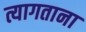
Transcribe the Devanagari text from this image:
त्यागताना